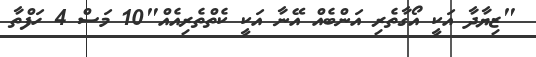
"ޒިޔާދާ އަކީ އޯގާތެރި އަންބެއް އޭނާ އަކީ ކެތްތެރިއެއް"10 މަސް 4 ހަފްތާ